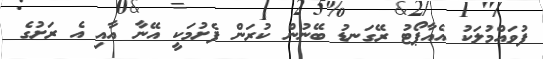
ފުވައްމުލަކު އެއާޕޯޓު ރޭގަނޑު ބޭނުން ކުރަން ފެށުމަކީ އޭނާ އާއި އެ ރަށުގެ